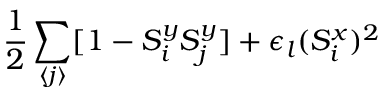
\frac { 1 } { 2 } \sum _ { \langle j \rangle } [ 1 - S _ { i } ^ { y } S _ { j } ^ { y } ] + \epsilon _ { l } ( S _ { i } ^ { x } ) ^ { 2 }